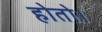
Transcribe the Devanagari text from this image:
होतो।